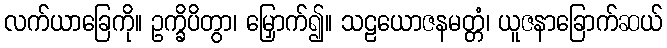
လက်ယာခြေကို။ ဥက္ခိပိတွာ၊ မြှောက်၍။ သဠယောဇနမတ္တံ၊ ယူဇနာခြောက်ဆယ်